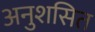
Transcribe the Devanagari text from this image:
अनुशसित